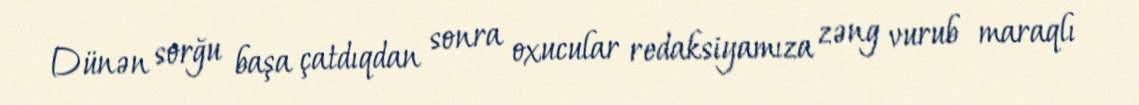
Dünən sorğu başa çatdıqdan sonra oxucular redaksiyamıza zəng vurub maraqlı